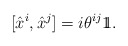
\begin{align*}[\hat{x}^{i},\hat{x}^{j}]=i\theta^{ij}{\rlap{1} \hskip 1.6pt\hbox{1}}.\end{align*}